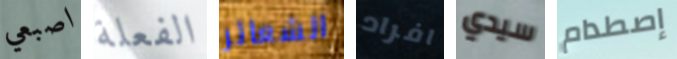
اصبعي الفعلة الشعائر افراد سيدي إصطدام